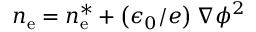
n _ { \mathrm { e } } = n _ { \mathrm { e } } ^ { * } + \left( \epsilon _ { 0 } / e \right) \nabla \phi ^ { 2 }